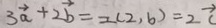
3 \overrightarrow { a } + 2 \overrightarrow { b } = 2 ( 2 , 6 ) = 2 \overrightarrow { c }